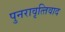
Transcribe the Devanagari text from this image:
पुनरावृत्‍तिवाद